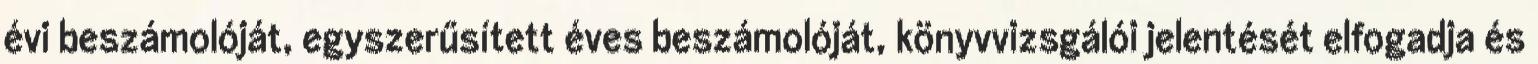
évi beszámolóját, egyszerűsített éves beszámolóját, könyvvizsgálói jelentését elfogadja és